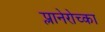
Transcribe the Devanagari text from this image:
प्लानेरोच्का